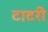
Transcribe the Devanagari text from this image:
टाटरी